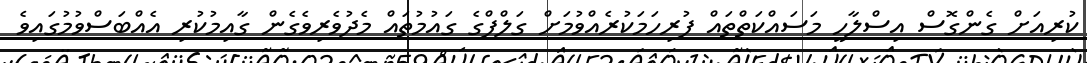
ކުރިއަށް ގެންގޮސް އިސްލާހީ މަސައްކަތްތައް ފުރިހަމަކުރެއްވުމަށް ގަލްފްގެ ގައުމުތައް މެދުވެރިވެގެން ގާއިމުކުރި އެއްބަސްވުމުގައިވެ